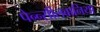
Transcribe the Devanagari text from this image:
पेन्न्सीलवानिया